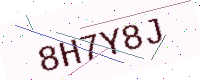
Text: 8H7Y8J